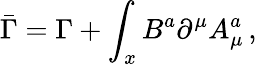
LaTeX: \bar{\Gamma}=\Gamma+\displaystyle\int_{x}B^{a}{\partial}^{\mu}A_{\mu}^{a}\, ,